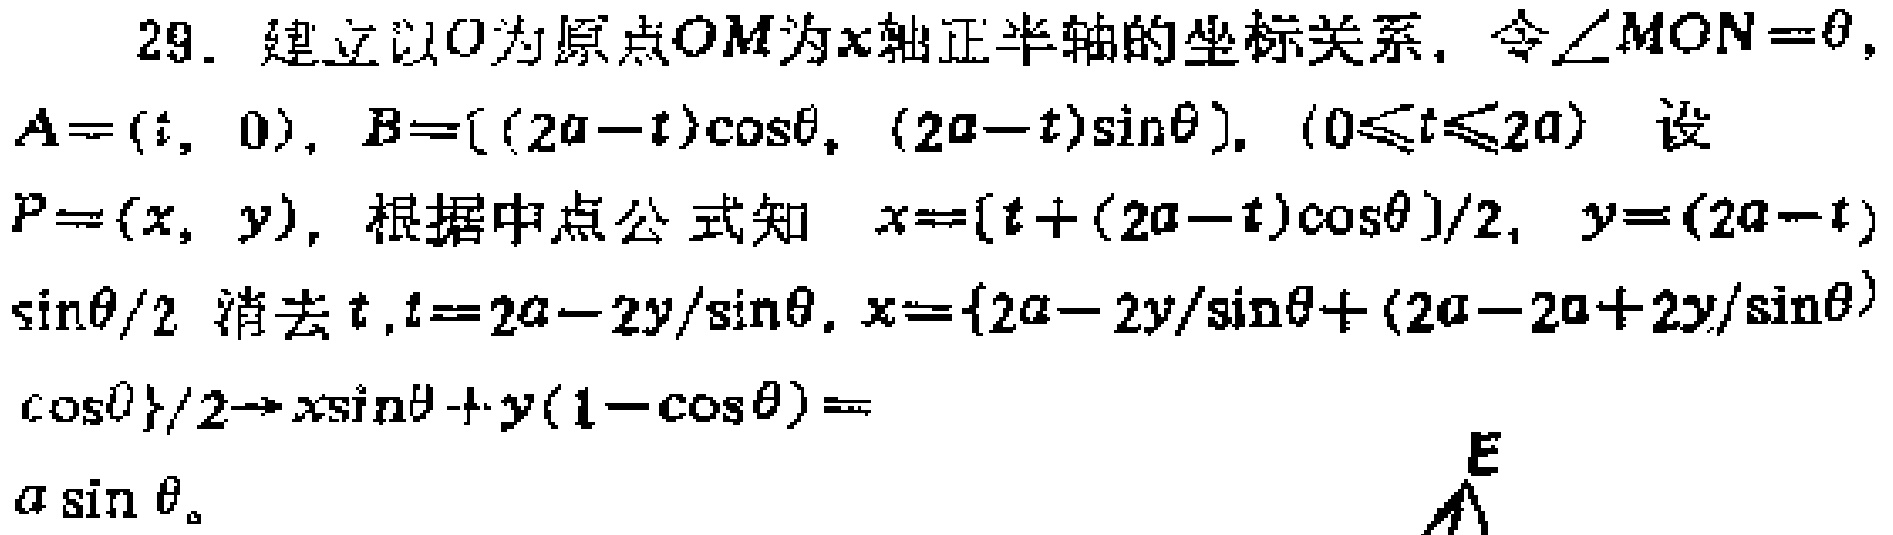
29. 建立以\(O\)为原点\(OM\)为\(x\)轴正半轴的坐标关系，令\(\angle MON = \theta\)，
\(A=(t,0)\)，\(B = ((2a - t)\cos\theta,(2a - t)\sin\theta)\)，\((0\leq t\leq 2a)\) 设
\(P=(x,y)\)，根据中点公式知 \(x = \frac{t+(2a - t)\cos\theta}{2}\)，\(y=\frac{(2a - t)\sin\theta}{2}\) 消去\(t\)，\(t = 2a-\frac{2y}{\sin\theta}\)，\(x=\frac{2a-\frac{2y}{\sin\theta}+(2a - 2a+\frac{2y}{\sin\theta})\cos\theta}{2}\Rightarrow x\sin\theta + y(1 - \cos\theta)=a\sin\theta\)。